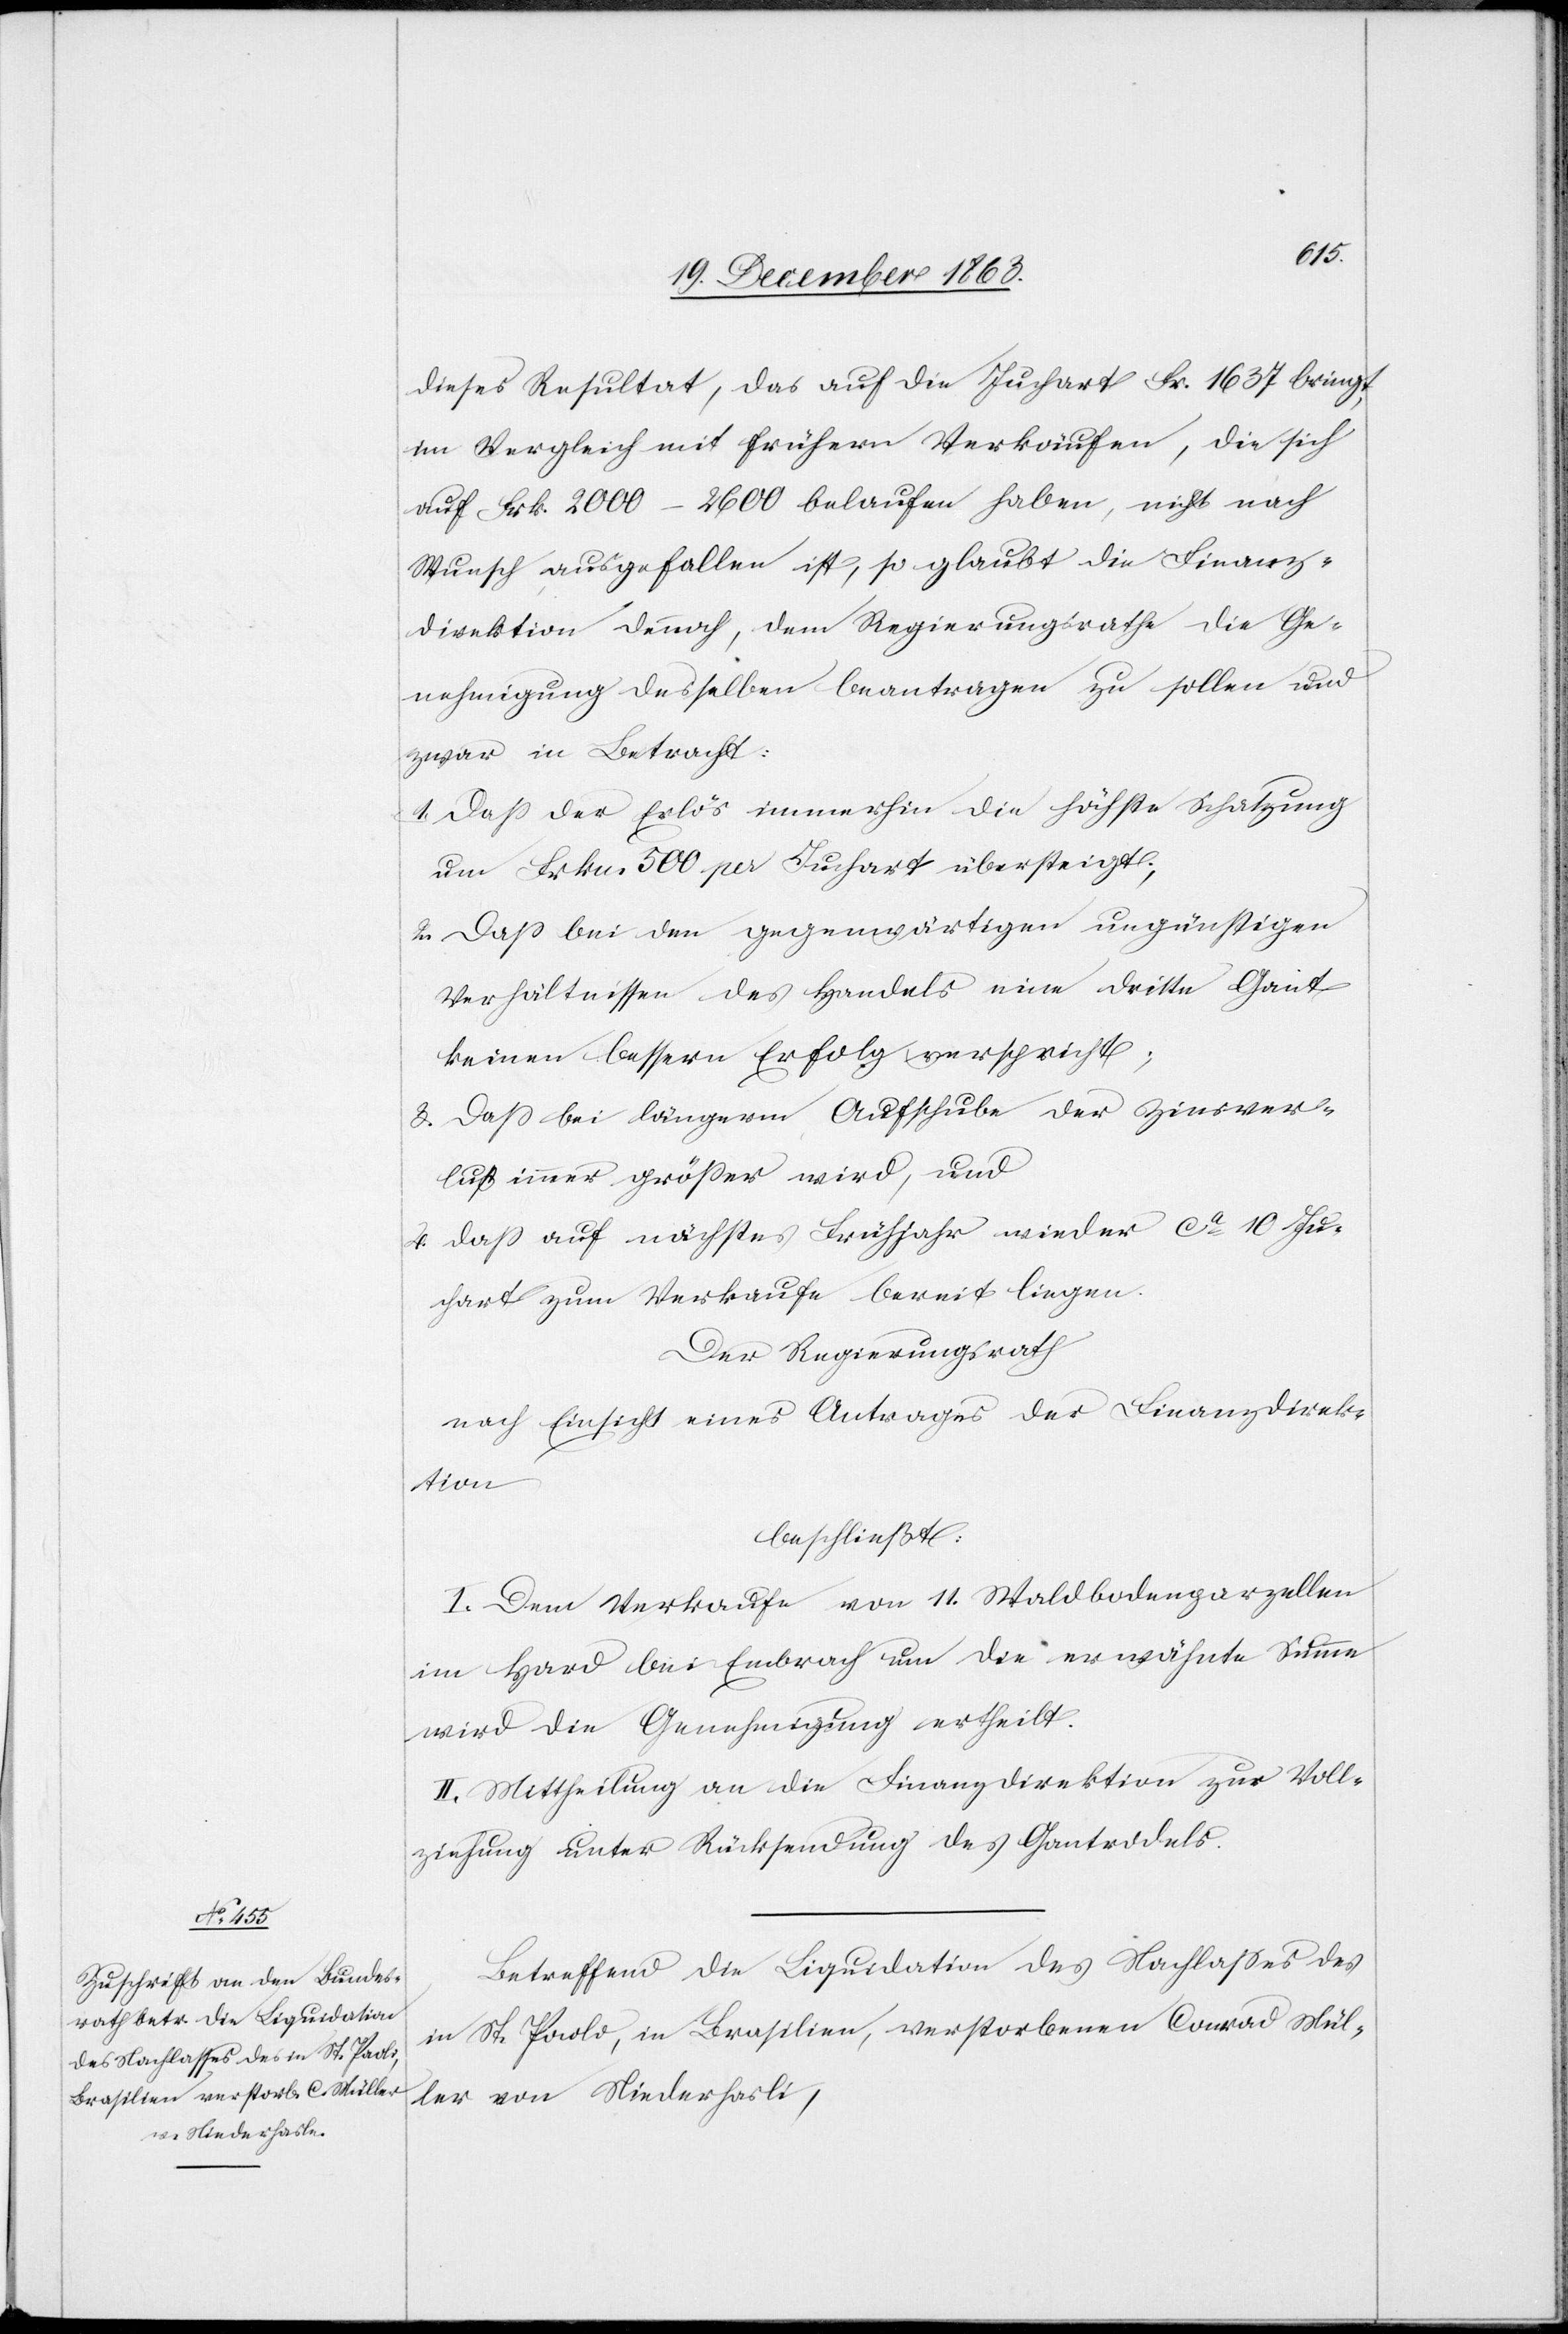
dieses Resultat, das auf die Juchart Fr. 1637 bringt,
im Vergleich mit frühern Verkäufen, die sich
auf Frk. 2000–2600 belaufen haben, nicht nach
Wunsch ausgefallen ist, so glaubt die Finanz¬
direktion dennoch, dem Regierungsrathe die Ge¬
nehmigung desselben beantragen zu sollen und
zwar in Betracht:
1. Dass der Erlös immerhin die höchste Schätzung
um Frkn. 500 per Juchart übersteigt;
2. Dass bei den gegenwärtigen ungünstigen
Verhältnissen des Handels eine dritte Gant
keinen bessern Erfolg verspricht;
3. Dass bei längerm Aufschube der Zinsver¬
lust immer grösser wird, und
4. dass auf nächstes Frühjahr wieder ca 10 Ju¬
chart zum Verkaufe bereit liegen.
Der Regierungsrath
nach Einsicht eines Antrages der Finanzdirek¬
tion
beschließt:
I. Dem Verkaufe von 11. Waldbodenparzellen
im Hard bei Embrach um die erwähnte Summe
wird die Genehmigung ertheilt.
II. Mittheilung an die Finanzdirektion zur Voll¬
ziehung unter Rücksendung des Gantrodels.
Betreffend die Liquidation des Nachlasses des
in St. Paolo, in Brasilien, verstorbenen Conrad Mül¬
ler von Niederhasli,